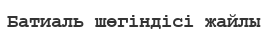
Батиаль шөгіндісі жайлы